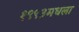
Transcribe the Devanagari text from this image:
१९९३मधला